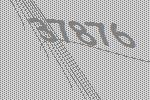
37876